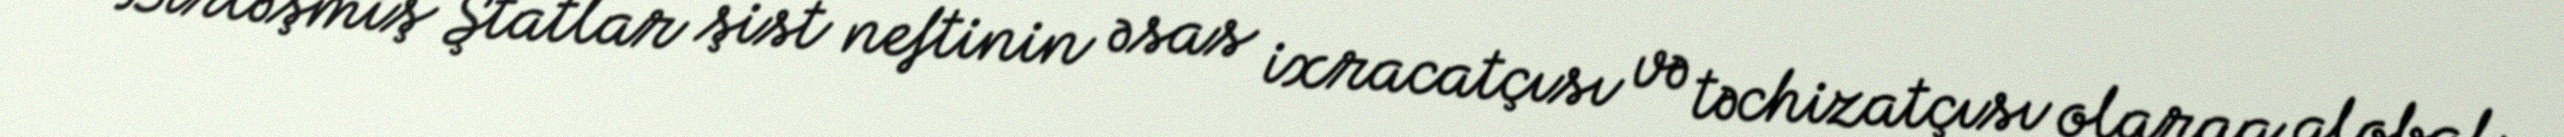
“Birləşmiş Ştatlar şist neftinin əsas ixracatçısı və təchizatçısı olaraq qlobal